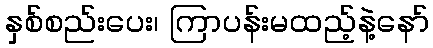
နှစ်စည်းပေး၊ ကြာပန်းမထည့်နဲ့နော်